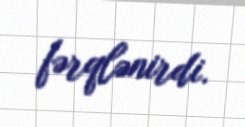
fərqlənirdi.